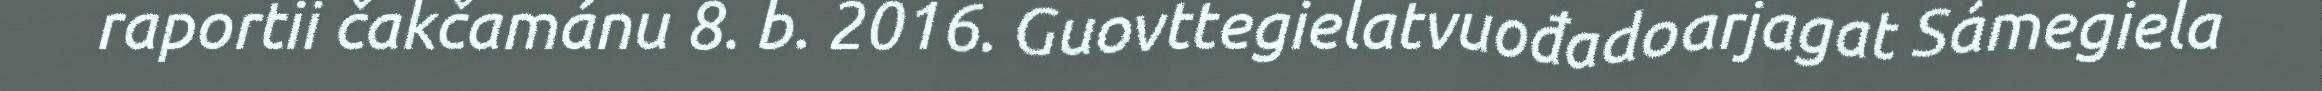
raportii čakčamánu 8. b. 2016. Guovttegielatvuođadoarjagat Sámegiela